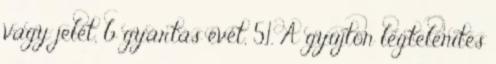
vagy jelét, b gyártás évét, 5.1. A gyûjtõn légtelenítés